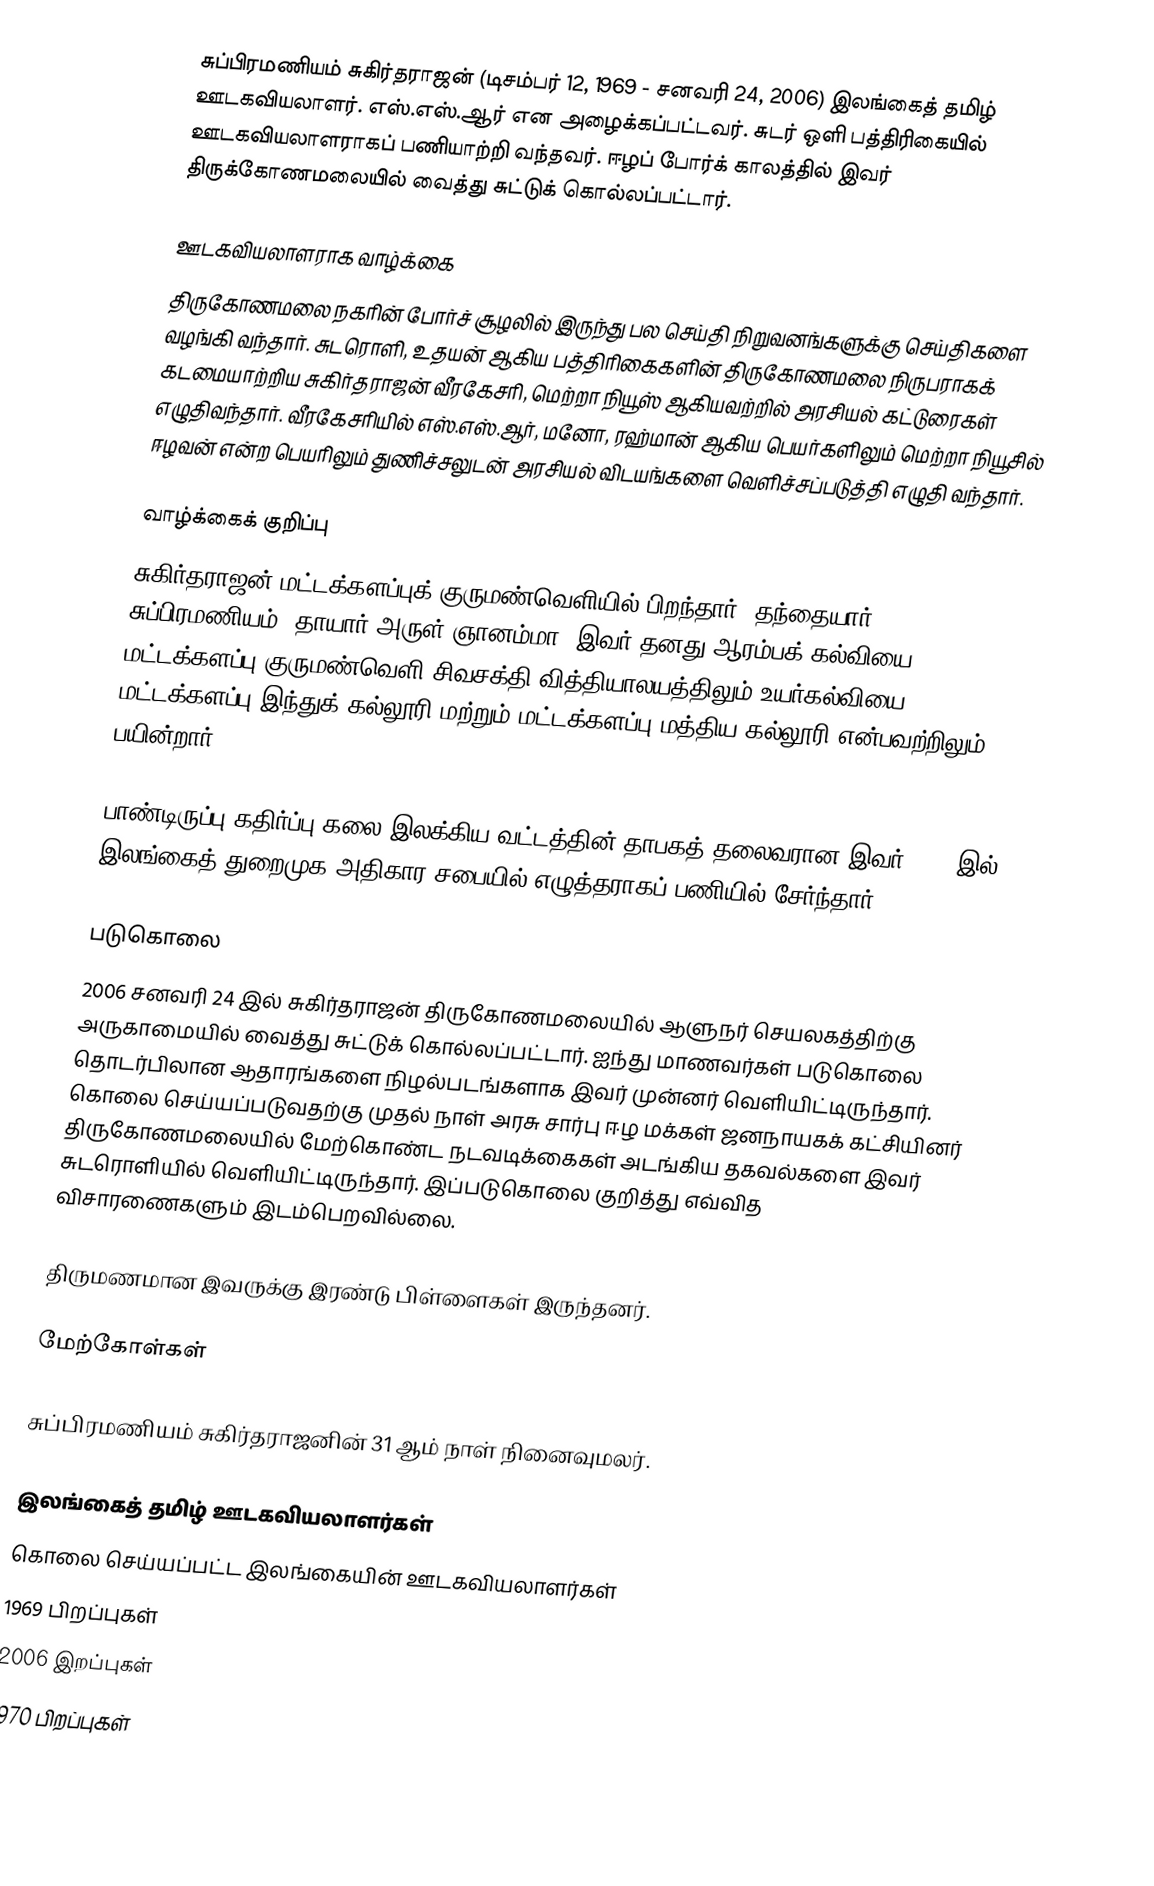
சுப்பிரமணியம் சுகிர்தராஜன் (டிசம்பர் 12, 1969 - சனவரி 24, 2006) இலங்கைத் தமிழ்  ஊடகவியலாளர். எஸ்.எஸ்.ஆர் என அழைக்கப்பட்டவர். சுடர் ஒளி பத்திரிகையில் ஊடகவியலாளராகப் பணியாற்றி வந்தவர். ஈழப் போர்க் காலத்தில் இவர் திருக்கோணமலையில் வைத்து சுட்டுக் கொல்லப்பட்டார்.

ஊடகவியலாளராக வாழ்க்கை
திருகோணமலை நகரின் போர்ச் சூழலில் இருந்து பல செய்தி நிறுவனங்களுக்கு செய்திகளை வழங்கி வந்தார். சுடரொளி, உதயன் ஆகிய பத்திரிகைகளின் திருகோணமலை நிருபராகக் கடமையாற்றிய சுகிர்தராஜன் வீரகேசரி, மெற்றா நியூஸ் ஆகியவற்றில் அரசியல் கட்டுரைகள் எழுதிவந்தார். வீரகேசரியில் எஸ்.எஸ்.ஆர், மனோ, ரஹ்மான் ஆகிய பெயர்களிலும் மெற்றா நியூசில் ஈழவன் என்ற பெயரிலும் துணிச்சலுடன் அரசியல் விடயங்களை வெளிச்சப்படுத்தி எழுதி வந்தார்.

வாழ்க்கைக் குறிப்பு
சுகிர்தராஜன் மட்டக்களப்புக் குருமண்வெளியில் பிறந்தார். தந்தையார் சுப்பிரமணியம். தாயார் அருள் ஞானம்மா. இவர் தனது ஆரம்பக் கல்வியை மட்டக்களப்பு குருமண்வெளி சிவசக்தி வித்தியாலயத்திலும் உயர்கல்வியை மட்டக்களப்பு இந்துக் கல்லூரி மற்றும் மட்டக்களப்பு மத்திய கல்லூரி என்பவற்றிலும் பயின்றார்.

பாண்டிருப்பு கதிர்ப்பு கலை இலக்கிய வட்டத்தின் தாபகத் தலைவரான இவர் 1997 இல் இலங்கைத் துறைமுக அதிகார சபையில் எழுத்தராகப் பணியில் சேர்ந்தார்.

படுகொலை
2006 சனவரி 24 இல் சுகிர்தராஜன் திருகோணமலையில் ஆளுநர் செயலகத்திற்கு அருகாமையில் வைத்து சுட்டுக் கொல்லப்பட்டார். ஐந்து மாணவர்கள் படுகொலை தொடர்பிலான ஆதாரங்களை நிழல்படங்களாக இவர் முன்னர் வெளியிட்டிருந்தார். கொலை செய்யப்படுவதற்கு முதல் நாள் அரசு சார்பு ஈழ மக்கள் ஜனநாயகக் கட்சியினர் திருகோணமலையில் மேற்கொண்ட நடவடிக்கைகள் அடங்கிய தகவல்களை இவர் சுடரொளியில் வெளியிட்டிருந்தார். இப்படுகொலை குறித்து எவ்வித விசாரணைகளும் இடம்பெறவில்லை.

திருமணமான இவருக்கு இரண்டு பிள்ளைகள் இருந்தனர்.

மேற்கோள்கள்

 சுப்பிரமணியம் சுகிர்தராஜனின் 31 ஆம் நாள் நினைவுமலர்.

இலங்கைத் தமிழ் ஊடகவியலாளர்கள்
கொலை செய்யப்பட்ட இலங்கையின் ஊடகவியலாளர்கள்
1969 பிறப்புகள்
2006 இறப்புகள்
1970 பிறப்புகள்